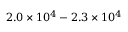
2 . 0 \times 1 0 ^ { 4 } - 2 . 3 \times 1 0 ^ { 4 }